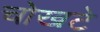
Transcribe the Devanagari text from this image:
चोखटे